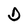
Character: D